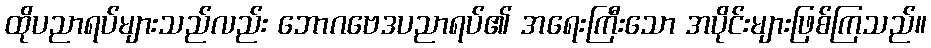
ထိုပညာရပ်များသည်လည်း ဘောဂဗေဒပညာရပ်၏ အရေးကြီးသော အပိုင်းများဖြစ်ကြသည်။